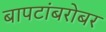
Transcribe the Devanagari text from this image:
बापटांबरोबर